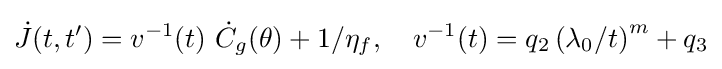
{\dot {J}}(t,t')=v^{-1}(t)\ {\dot {C}}_{g}(\theta )+1/\eta _{f},~~~v^{-1}(t)=q_{2}\left(\lambda _{0}/t\right)^{m}+q_{3}